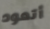
أتعود